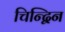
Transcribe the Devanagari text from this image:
चिन्द्विन